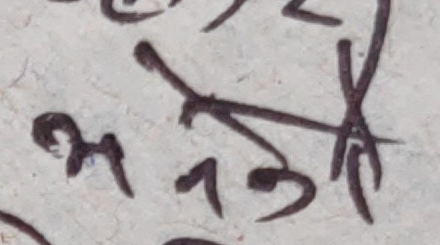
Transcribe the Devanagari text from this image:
भन्त्री